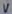
Text: V